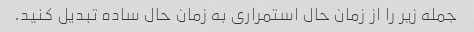
جمله زیر را از زمان حال استمراری به زمان حال ساده تبدیل کنید.